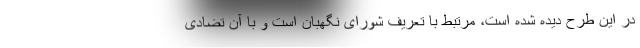
در این طرح دیده شده است، مرتبط با تعریف شورای نگهبان است و با آن تضادی